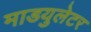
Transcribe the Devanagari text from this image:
माडयुलेटर